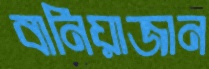
বানিয়াজান